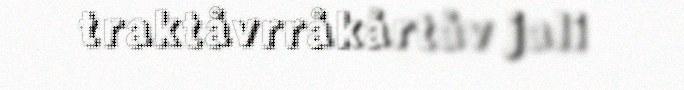
traktåvrråkårtåv jali